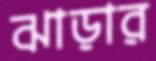
ঝাড়ার